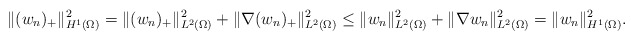
\begin{align*}\|(w_n)_+\|_{H^1(\Omega)}^2=\|(w_n)_+\|_{L^2(\Omega)}^2+\|\nabla (w_n)_+\|_{L^2(\Omega)}^2\le\|w_n\|_{L^2(\Omega)}^2+\|\nabla w_n\|_{L^2(\Omega)}^2=\|w_n\|_{H^1(\Omega)}^2.\end{align*}